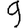
Digit: 9